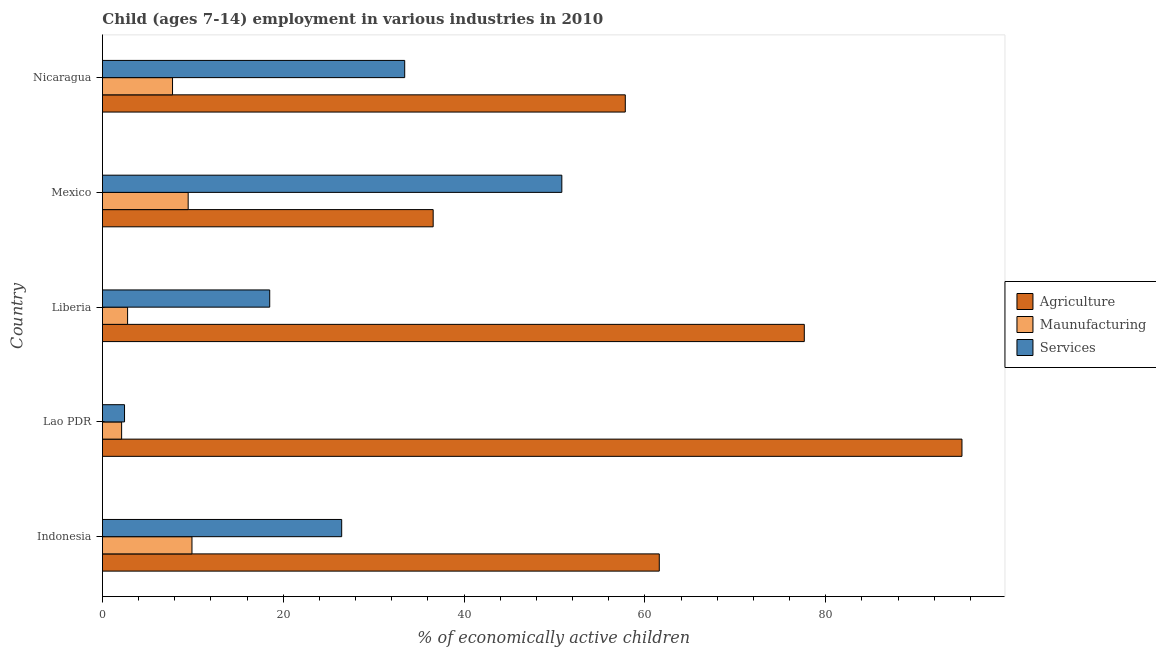
| Country | Agriculture | Maunufacturing | Services |
 | --- | --- | --- | --- |
 | Indonesia | 61.6 | 9.9 | 26.5 |
 | Lao PDR | 95.1 | 2.12 | 2.44 |
 | Liberia | 77.6 | 2.78 | 18.5 |
 | Mexico | 36.6 | 9.48 | 50.8 |
 | Nicaragua | 57.8 | 7.75 | 33.4 |